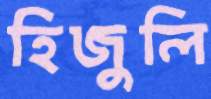
হিজুলি